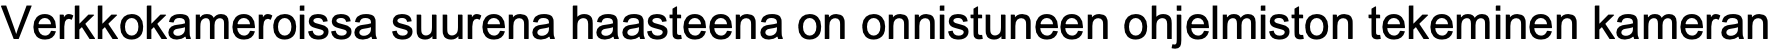
Verkkokameroissa suurena haasteena on onnistuneen ohjelmiston tekeminen kameran